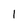
Character: 1